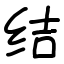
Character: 结